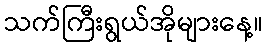
သက်ကြီးရွယ်အိုများနေ့။